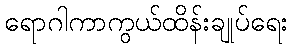
ရောဂါကာကွယ်ထိန်းချုပ်ရေး